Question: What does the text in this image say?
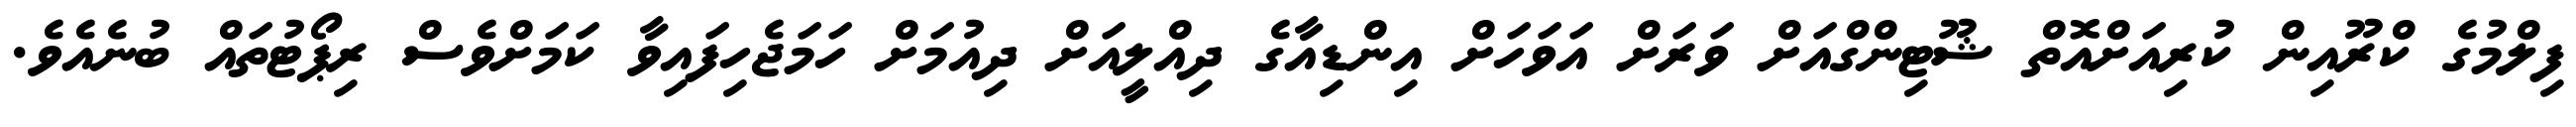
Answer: ފިލްމުގެ ކްރޫއިން ކުރިއަށްއޮތް ޝޫޓިންގްއަށް ވަރަށް އަވަހަށް އިންޑިއާގެ ދިއްލީއަށް ދިއުމަށް ހަމަޖެހިފައިވާ ކަމަށްވެސް ރިޕޯޓުތައް ބުނެއެވެ.